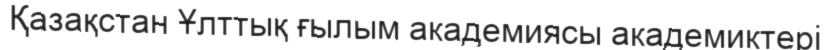
Қазақстан Ұлттық ғылым академиясы академиктері